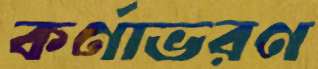
কর্ণাভরণ